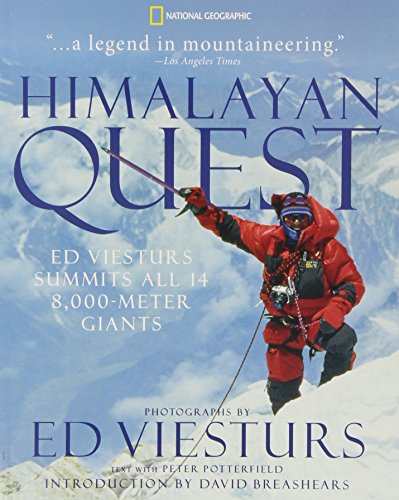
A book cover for Himalayan Quest: Ed Viesturs Summits All Fourteen 8,000-Meter Giants; Peter Potterfield; Sports & Outdoors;